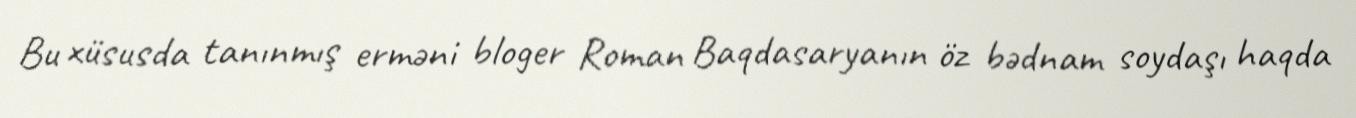
Bu xüsusda tanınmış erməni bloger Roman Baqdasaryanın öz bədnam soydaşı haqda